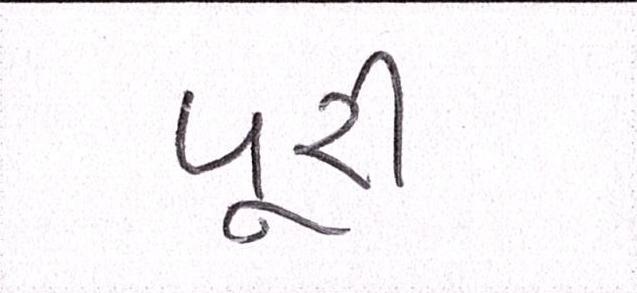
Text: પૂરી